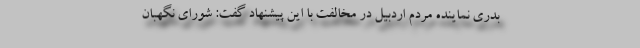
بدری نماینده مردم اردبیل در مخالفت با این پیشنهاد گفت: شورای نگهبان